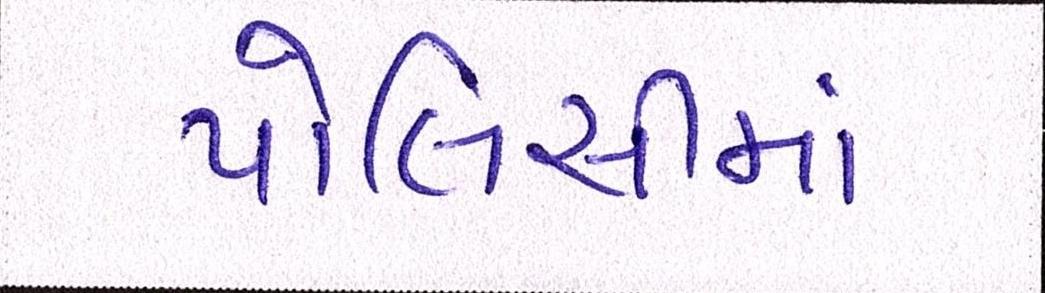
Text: પોલિસીમાં